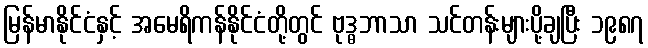
မြန်မာနိုင်ငံနှင့် အမေရိကန်နိုင်ငံတို့တွင် ဗုဒ္ဓဘာသာ သင်တန်းများပို့ချပြီး ၁၉၈၇